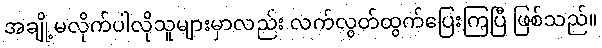
အချို့မလိုက်ပါလိုသူများမှာလည်း လက်လွတ်ထွက်ပြေးကြပြီ ဖြစ်သည်။